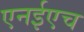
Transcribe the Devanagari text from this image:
एनईएच